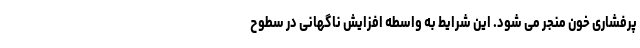
پرفشاری خون منجر می شود. این شرایط به واسطه افزایش ناگهانی در سطوح